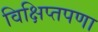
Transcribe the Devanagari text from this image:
विक्षिप्तपणा